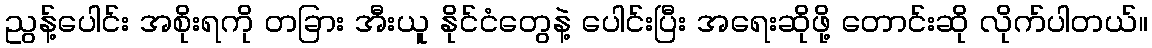
ညွန့်ပေါင်း အစိုးရကို တခြား အီးယူ နိုင်ငံတွေနဲ့ ပေါင်းပြီး အရေးဆိုဖို့ တောင်းဆို လိုက်ပါတယ်။